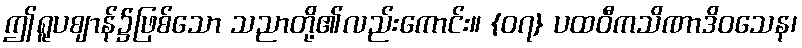
ဤရူပဈာန်၌ဖြစ်သော သညာတို့၏လည်းကောင်း။ {၀၇} ပထဝီကသိဏာဒိဝသေန၊